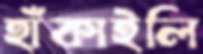
হাঁকাইলি